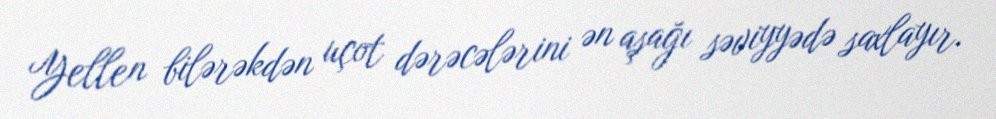
Yellen bilərəkdən uçot dərəcələrini ən aşağı səviyyədə saxlayır.